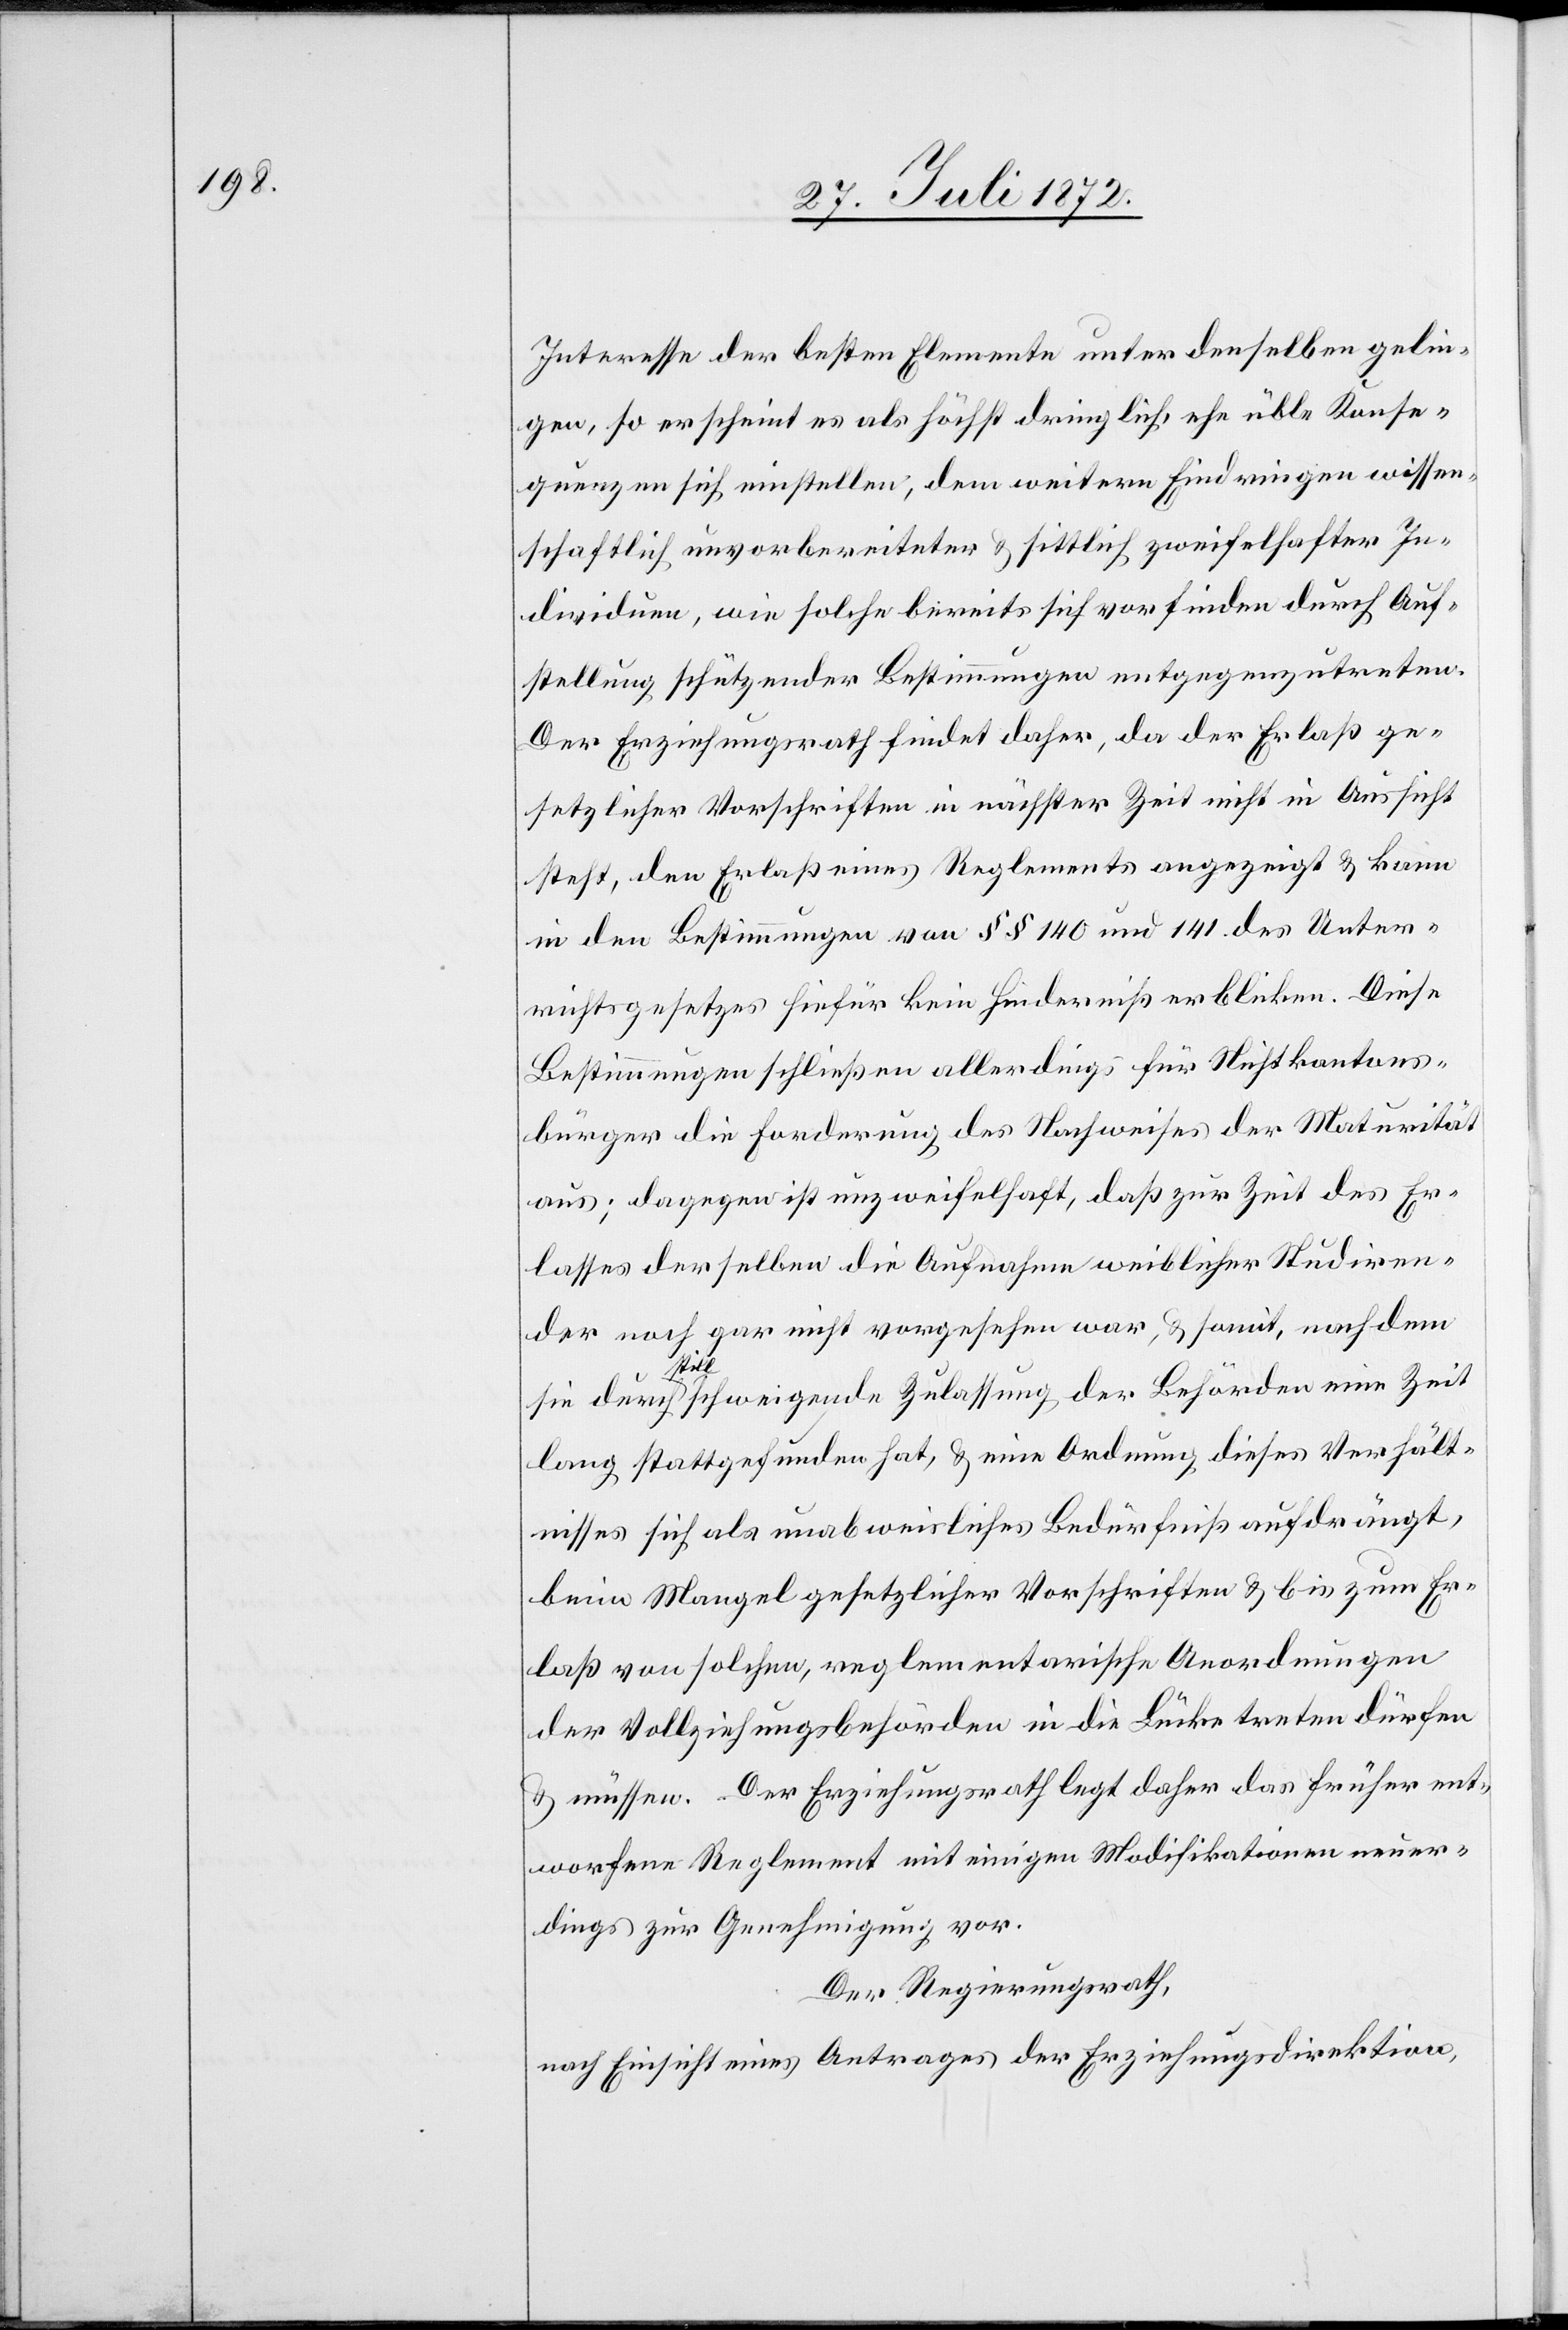
Interesse der besten Elemente unter denselben gelin¬
gen, so erscheint es als höchst dringlich, ehe üble Konse¬
quenzen sich einstellen, dem weitern Eindringen wissen¬
schaftlich unvorbereiteter u. sittlich zweifelhafter In¬
dividuen, wie solche bereits sich vorfinden durch Auf¬
stellung schützender Bestimmungen entgegenzutreten.
Der Erziehungsrath findet daher, da der Erlaß ge¬
setzlicher Vorschriften in nächster Zeit nicht in Aussicht
steht, den Erlaß eines Reglements angezeigt u. kann
in den Bestimmungen von §§ 140 und 141. des Unter¬
richtsgesetzes hiefür kein Hinderniß erblicken. Diese
Bestimmungen schließen allerdings für Nichtkantons¬
bürger die Forderung des Nachweises der Maturität
aus; dagegen ist unzweifelhaft, daß zur Zeit des Er¬
lasses derselben die Aufnahme weiblicher Studiren¬
der noch gar nicht vorgesehen war, u. somit, nach dem
Zeit
lang stattgefunden hat, u. eine Ordnung dieses Verhält¬
nisses sich als unabweisliches Bedürfniß aufdrängt,
beim Mangel gesetzlicher Vorschriften u. bis zum Er¬
laß von solchen, reglementarische Anordnungen
der Vollziehungsbehörden in die Lücke treten dürfen
u. müssen. Der Erziehungsrath legt daher das früher ent¬
worfene Reglement mit einigen Modifikationen neuer¬
dings zur Genehmigung vor.
Der Regierungsrath,
nach Einsicht eines Antrages der Erziehungsdirektion,